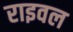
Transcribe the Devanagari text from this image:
राइवल